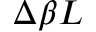
\Delta \beta L